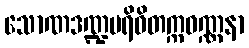
သောဏဒဏ္ဍပရိဝိတက္ကဝဏ္ဏနာ